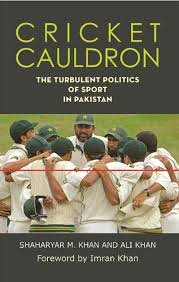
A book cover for Cricket Cauldron; Shaharyar M. Khan; Sports & Outdoors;